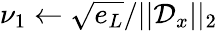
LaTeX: \nu_{1}\leftarrow\sqrt{e_{L}}/||\mathcal{D}_{x}||_{2}